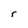
Character: r